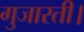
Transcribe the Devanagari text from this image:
गुजारती।